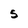
Character: 5